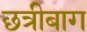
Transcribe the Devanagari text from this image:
छत्रीबाग